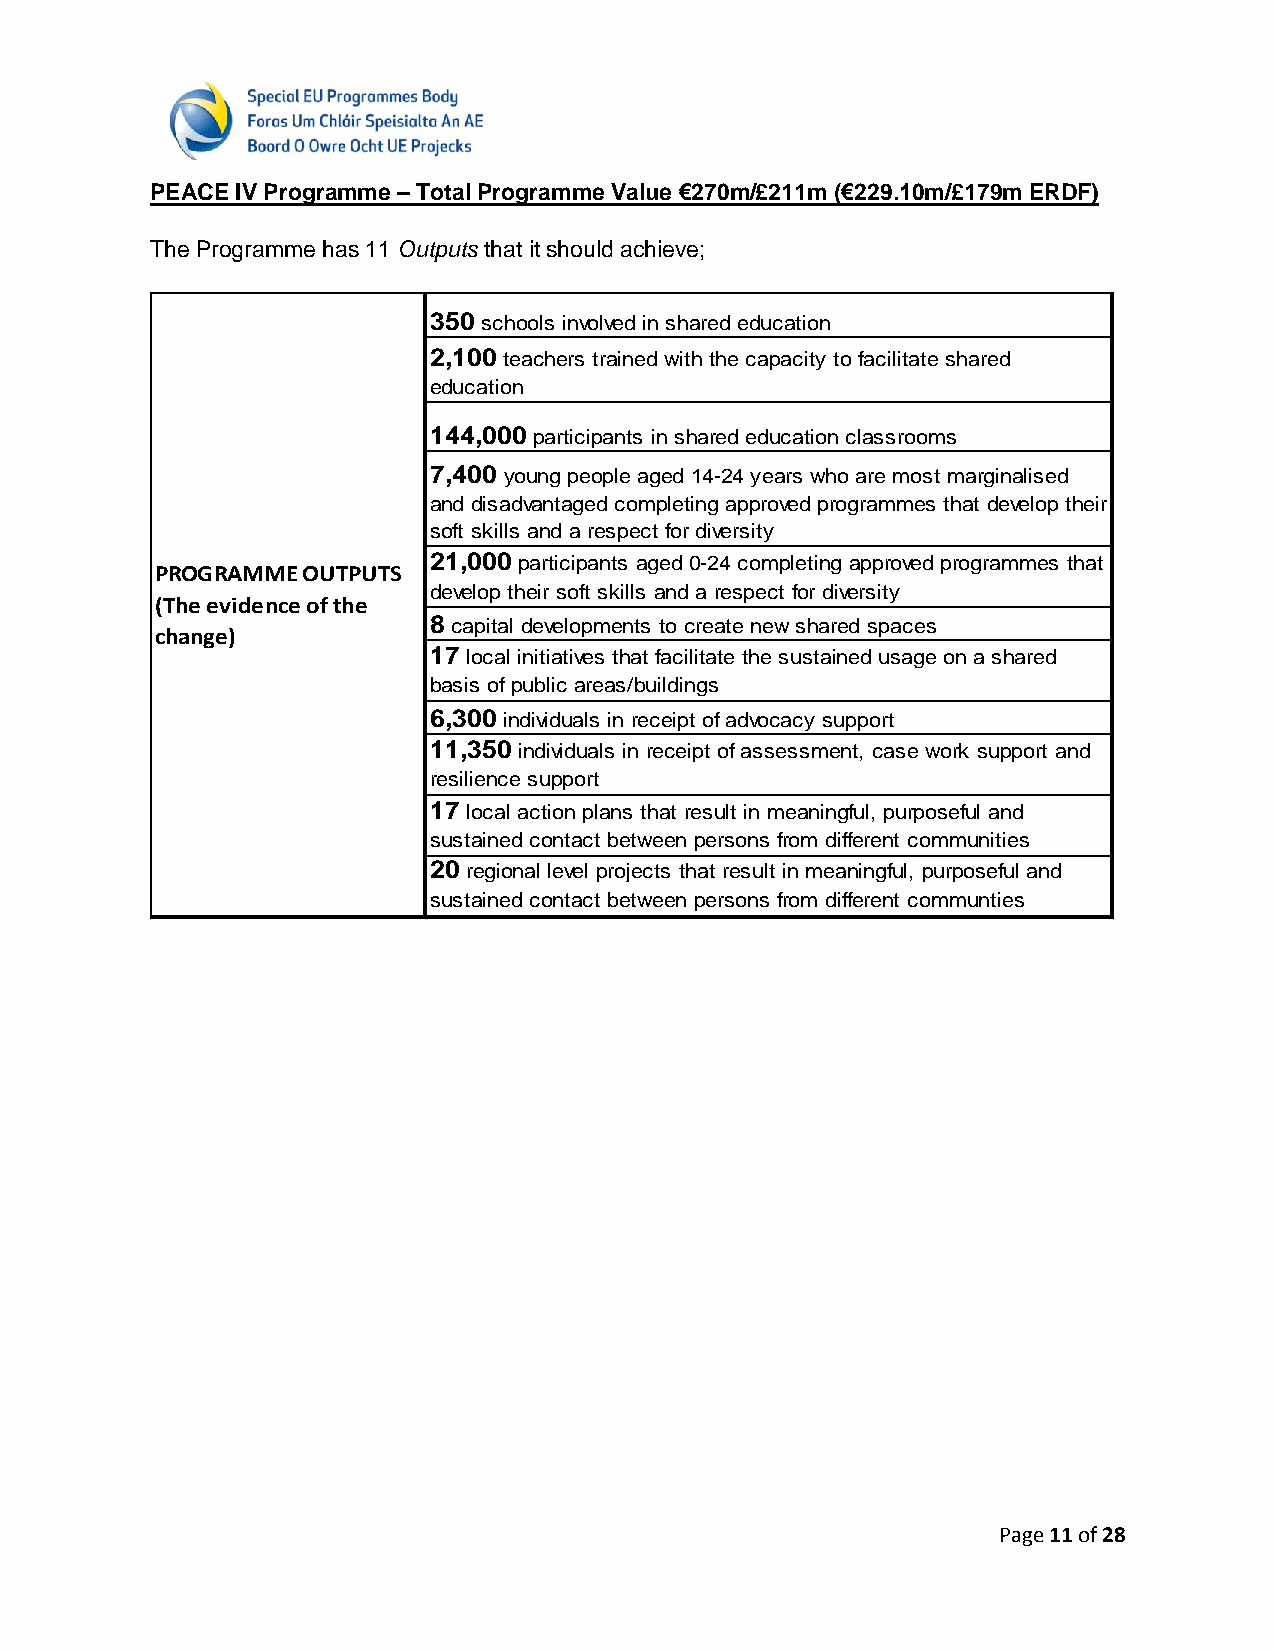
PEACE IV Programme – Total Programme Value €270m/£211m (€229.10m/£179m ERDF)
 The Programme has 11 Outputs that it should achieve;
 350 schools involved in shared education
 2,100 teachers trained with the capacity to facilitate shared
 education
 144,000 participants in shared education classrooms
 7,400 young people aged 14-24 years who are most marginalised
 and disadvantaged completing approved programmes that develop their
 soft skills and a respect for diversity
 21,000 participants aged 0-24 completing approved programmes that
 PROGRAMME OUTPUTS
 develop their soft skills and a respect for diversity
 (The evidence of the
 8 capital developments to create new shared spaces
 change)
 17 local initiatives that facilitate the sustained usage on a shared
 basis of public areas/buildings
 6,300 individuals in receipt of advocacy support
 11,350 individuals in receipt of assessment, case work support and
 resilience support
 17 local action plans that result in meaningful, purposeful and
 sustained contact between persons from different communities
 20 regional level projects that result in meaningful, purposeful and
 sustained contact between persons from different communties
 Page 11 of 28